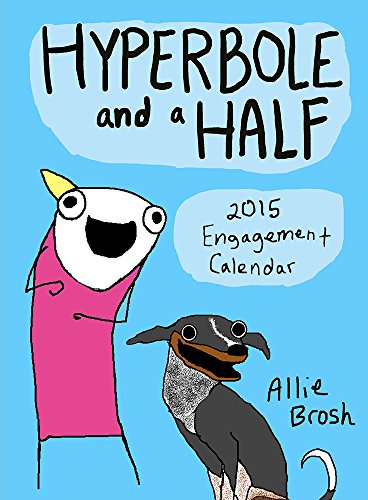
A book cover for Hyperbole and a Half: 2015 Engagement Calendar; Allie Brosh; Calendars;